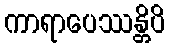
ကာရာပေဿန္တိပိ